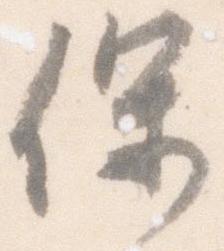
保